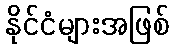
နိုင်ငံများအဖြစ်